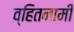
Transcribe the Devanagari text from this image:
व्हितनामी